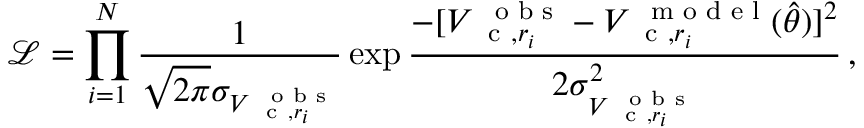
\mathcal { L } = \prod _ { i = 1 } ^ { N } \frac { 1 } { \sqrt { 2 \pi } \sigma _ { V _ { \mathrm { ~ \small ~ c ~ } , r _ { i } } ^ { \mathrm { ~ \scriptsize ~ o ~ b ~ s ~ } } } } \exp \frac { - [ V _ { \mathrm { ~ \small ~ c ~ } , r _ { i } } ^ { \mathrm { ~ \scriptsize ~ o ~ b ~ s ~ } } - V _ { \mathrm { ~ \small ~ c ~ } , r _ { i } } ^ { \mathrm { ~ \scriptsize ~ m ~ o ~ d ~ e ~ l ~ } } ( \hat { \theta } ) ] ^ { 2 } } { 2 \sigma _ { V _ { \mathrm { ~ \small ~ c ~ } , r _ { i } } ^ { \mathrm { ~ \scriptsize ~ o ~ b ~ s ~ } } } ^ { 2 } } \, ,